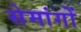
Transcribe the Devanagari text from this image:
सेमांगों